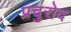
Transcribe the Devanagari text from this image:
प्रचुरोद